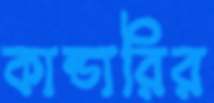
কান্ডারির